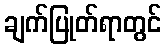
ချက်ပြုတ်ရာတွင်